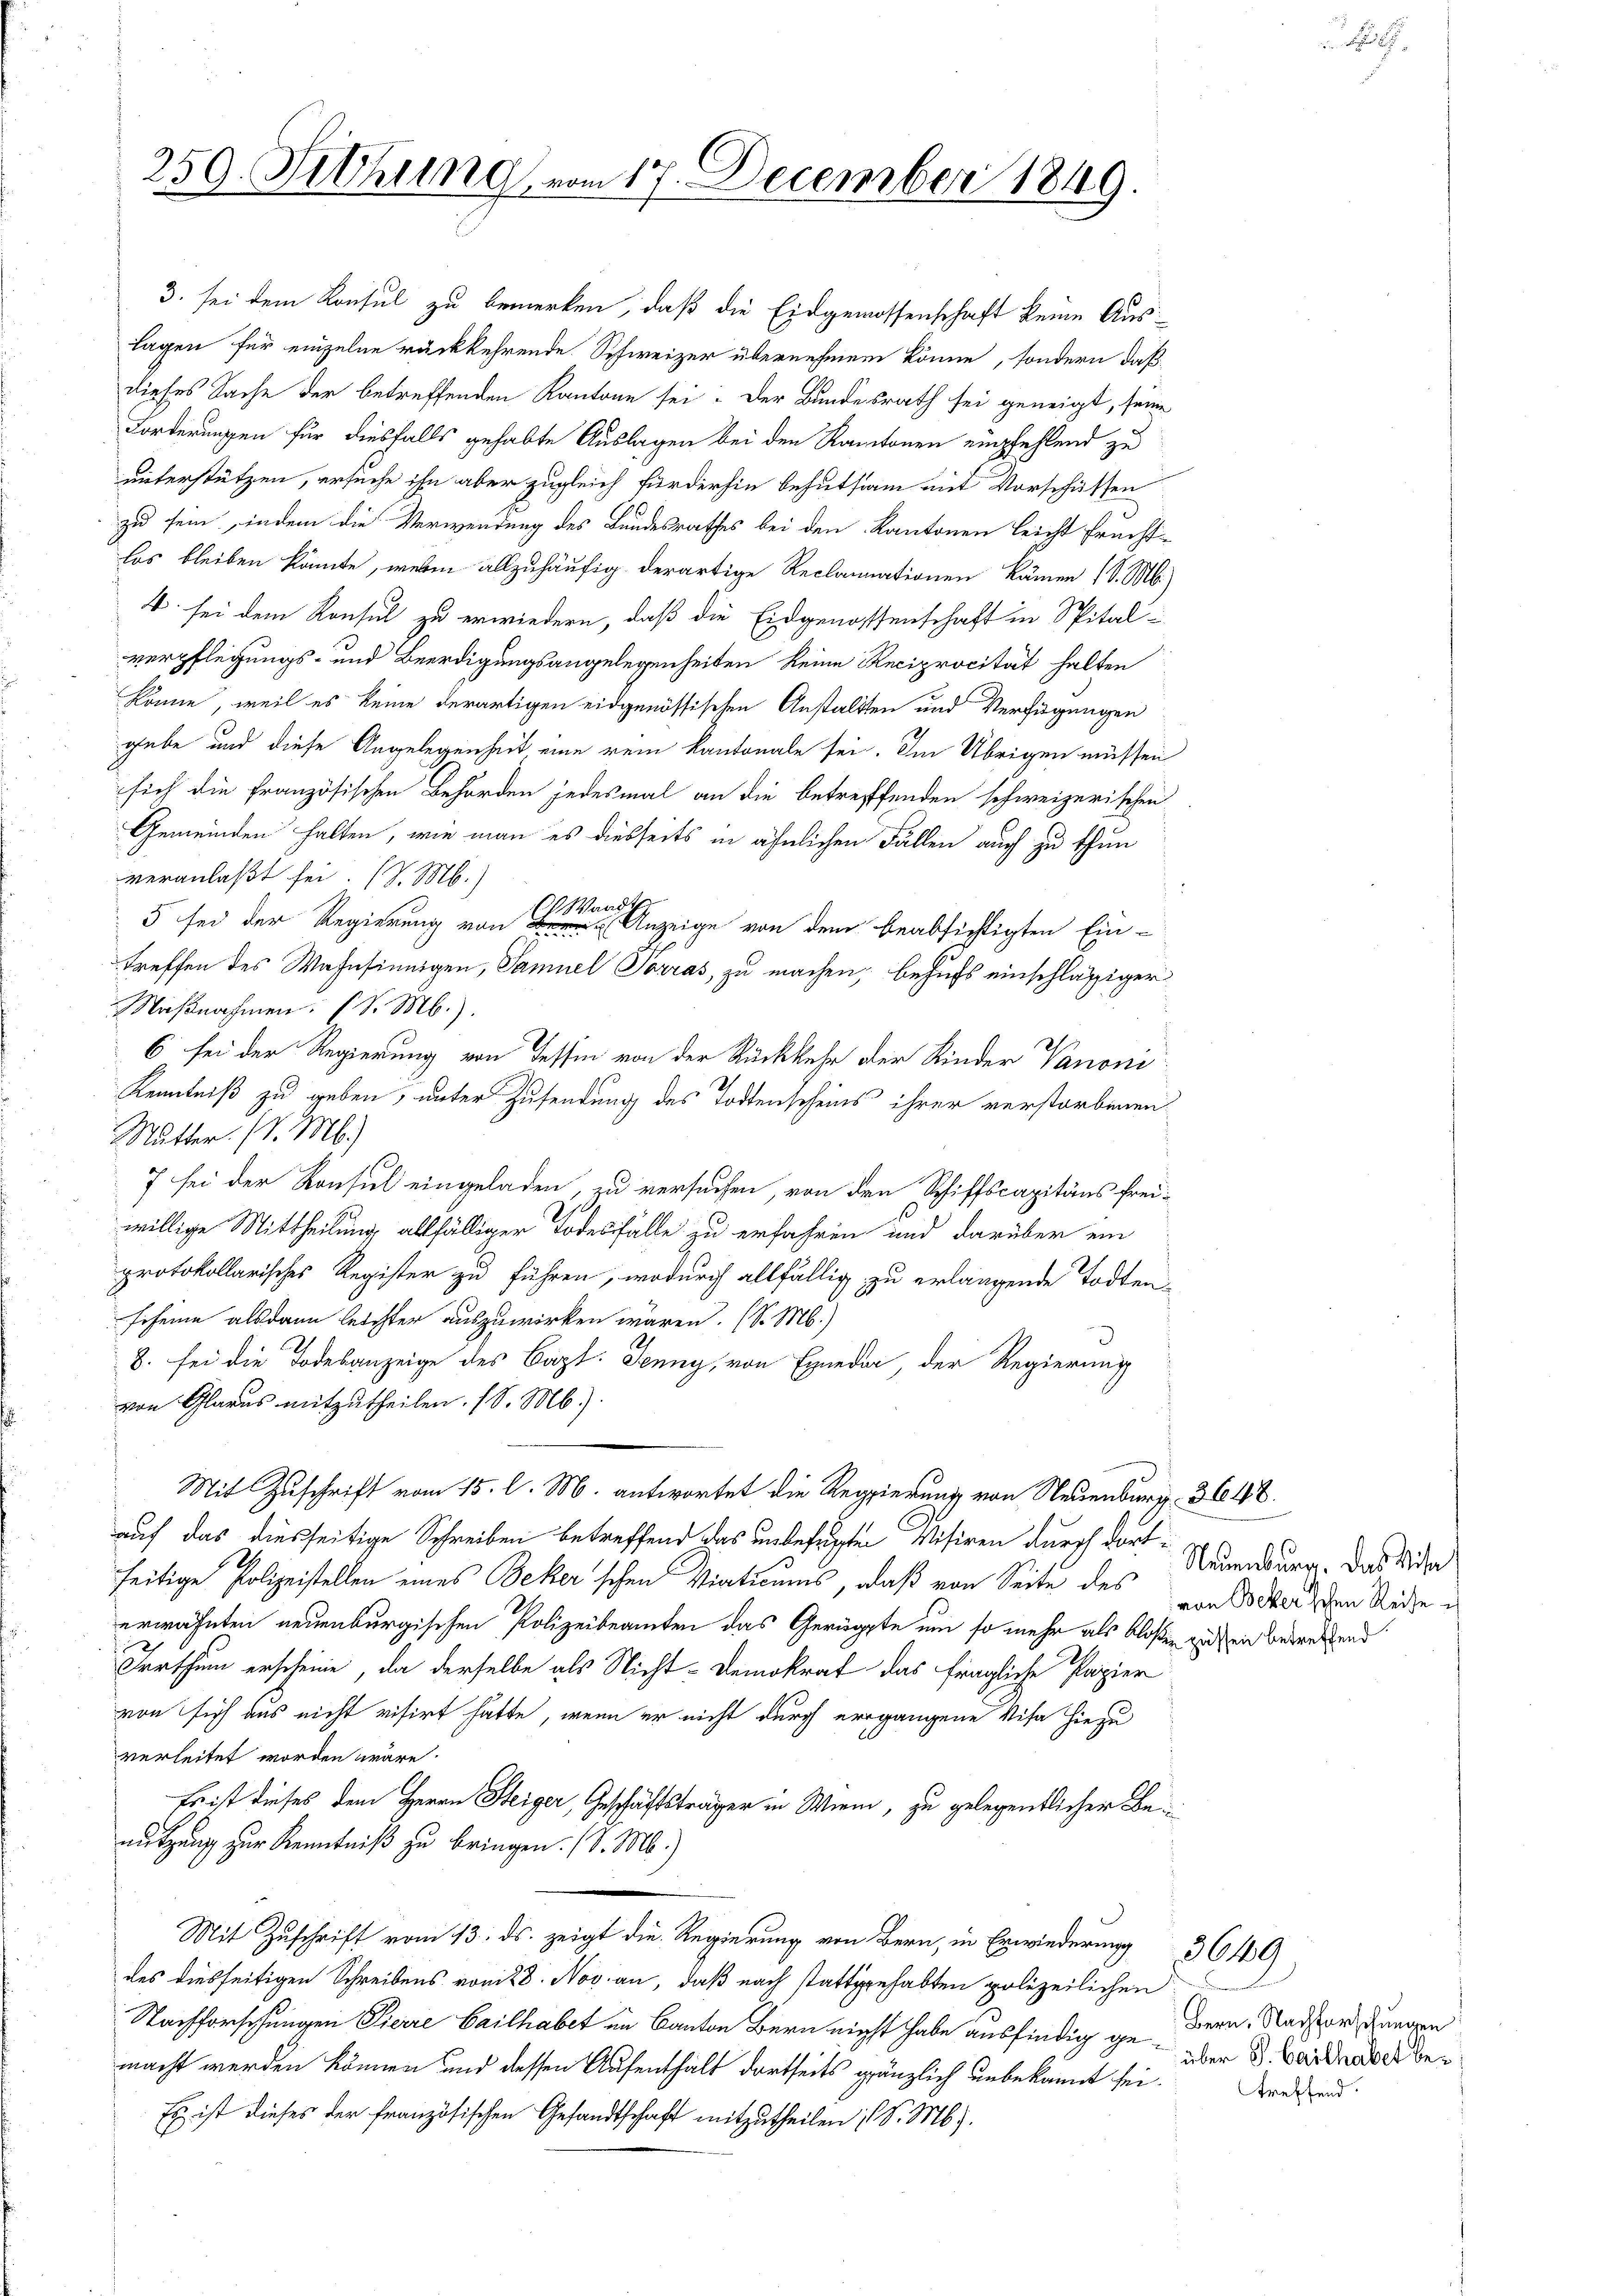
259. Sitzung vom 17. December 1849.

3. sei dem Konsul zu bemerken, daß die Eidgenossenschaft keine Auslagen für einzelne rückkehrende Schweizer übernehmen könne, sondern daß
dieses Sache der betreffenden Kantone sei. Der Bundesrath sei geneigt, seine
Forderungen für diesfalls gehabte Auslagen bei den Kantonen empfehlend zu
unterstützen, ersuche ihn aber zugleich fürderhin behutsam mit Vorschüssen
zu sein, indem die Verwendung des Bundesrathes bei den Kantonen leicht fruchtlos bleiben könnte, wesen allzuhäufig derartige Reclamationen kämen (S. M.)
4. sei dem Konsul zu erwiedern, daß die Eidgenossenschaft in Spital-
verpflegungs- und Beerdigungsangelegenheiten keine Reciprocität halten
könne, weil es keine derartigen eidgenössischen Anstalten und Verfügungen
gebe und diese Angelegenheit eine rein kantonale sei. Im Übrigen müssen
sich die Französischen Behörden jedesmal an die betreffenden schweizerischen
Gemeinden halten, wie man es diesseits in ähnlichen Fällen auch zu thun
veranlaßt sei. (v. M.)
 Wandte
5 sei der Regierung von Br
Anzeige von dem beabsichtigten Ein-
treffen des Wahnsinnigen, Samuel Torras, zu machen, behufs einschlässiger
Maßnahmen. (S. M.).
6 sei der Regierung von Tessin von der Rückkehr der Kinder Vanoni
Kenntniß zu geben, unter Zusendung des Todtenscheins ihrer verstorbenen
Mutter. (S. M.)
7 sei der Konsul eingeladen, zu versuchen, von den Schiffscapitäns freiwillige Mittheilung allfälliger Todesfälle zu erfahren und darüber ein
protokollarisches Register zu führen, wodurch allfällig zu erlangende Todtenscheine alsdann leichter auszuwirken wären. (S. M.)
8. sei die Todesanzeige des Capt. Jenny, von Egneder, der Regierung
von Glarus mitzutheilen. (S. M.)
Mit Zuschrift vom 15. l. M. antwortet die Regierung von Neuenburg. 3. 618.
auf das diesseitige Schreiben betreffend das unbefugten Visiren durch dortseitige Polizeistellen eines Beker'schen Viationes, daß von Seite des unseren Räthe
erwähnten neuenburgischen Polizeibeamten das Gerippte um so mehr als bloßen zu sein betreffend
Irrthum erscheine, da derselbe als Nicht-Demokrat das fragliche Papier
von sich aus nicht visirt hätte, wenn er nicht durch ergangene Visa hiezu
verleitet worden wäre.
Es ist dieses dem Herrn Steiger, Geschäftsträger in Wien, zu gelegentlicher Benutzung zur Kenntniß zu bringen. ( d. M.)
Mit Zuschrift vom 13. ds. zeigt die Regierung von Bern, in Erwiederung
des diesseitigen Schreibens vom 28. Nov. an, daß nach stattgehabten polizeilichen
Nachforschungen Pierre Cailhabet im Canton Bern nicht habe ausfindig ge- über 3. Beiden der bemacht werden können und dessen Aufenthält dortseits gänzlich unbekannt sei.
Es ist dieses der französischen Gesandtschaft mitzutheilen (S. M.

Neuenburg. Das Mise

Bern. Nachforschungen
treffend.

36 189